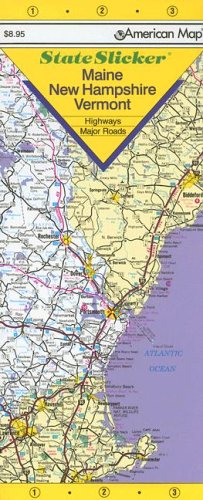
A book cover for State Slicker Maine/New Hampshire/Vermont; Travel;